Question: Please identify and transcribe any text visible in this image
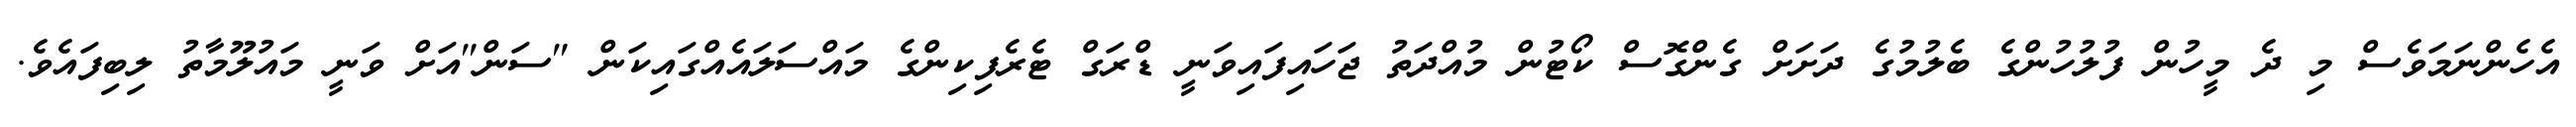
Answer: އެހެންނަމަވެސް މި ދެ މީހުން ފުލުހުންގެ ބެލުމުގެ ދަށަށް ގެންގޮސް ކޯޓުން މުއްދަތު ޖަހައިފައިވަނީ ޑްރަގް ޓެރެފިކިންގެ މައްސަލައެއްގައިކަން "ސަން"އަށް ވަނީ މައުލޫމާތު ލިބިފައެވެ.